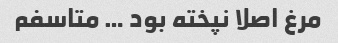
مرغ اصلا نپخته بود … متاسفم